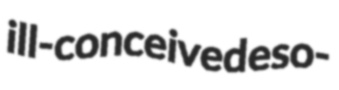
ill-conceived eso-